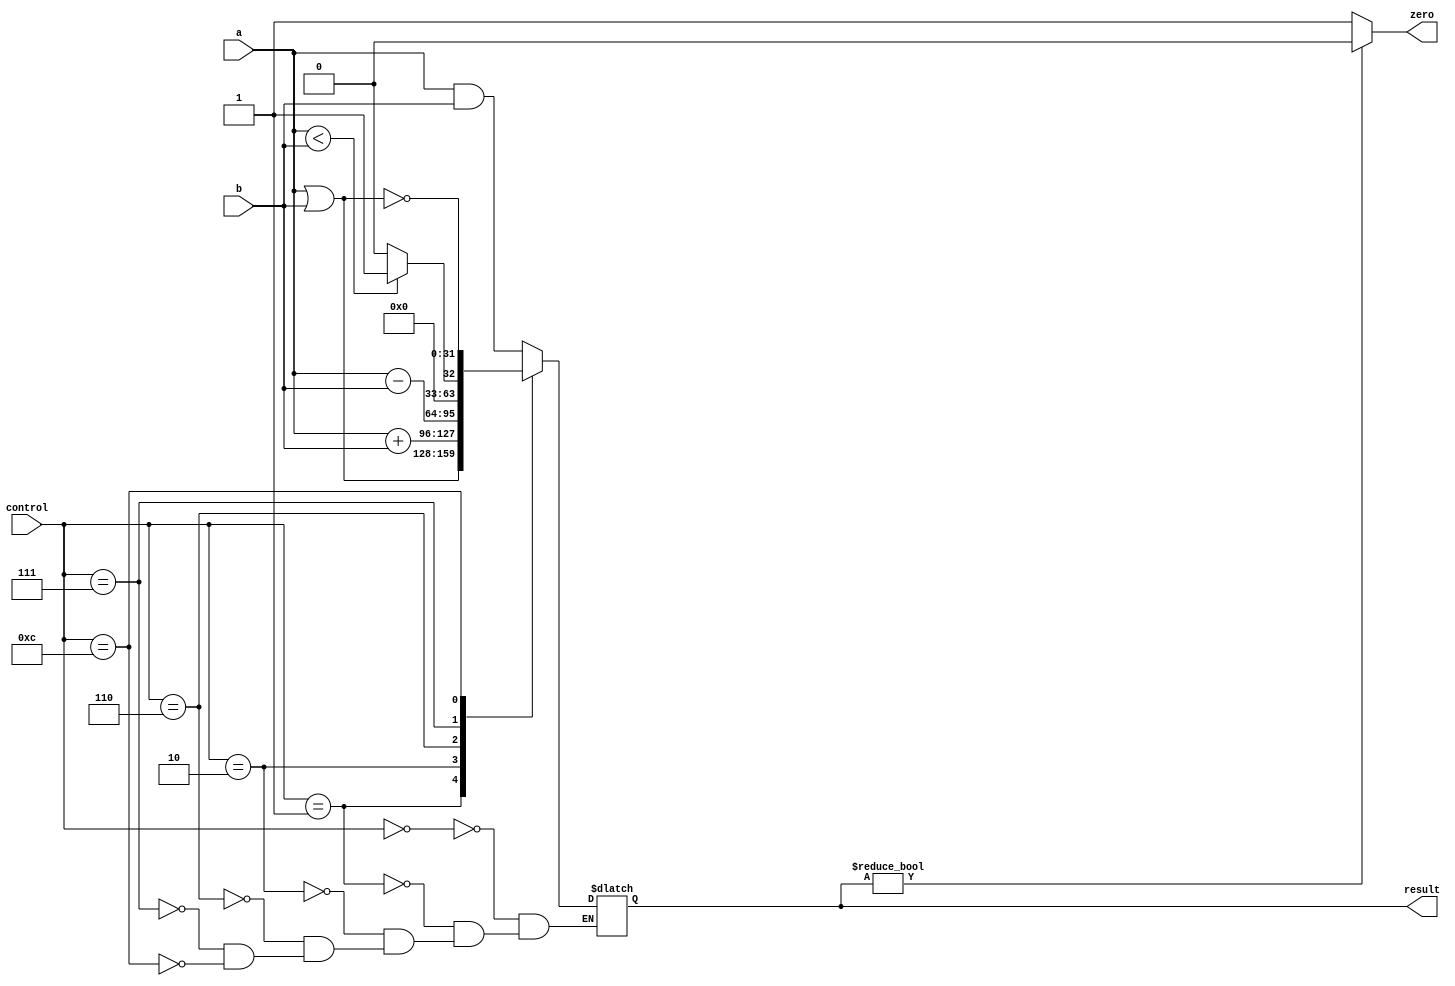
`timescale 1ns / 1ps

module ALU(a, b, control, zero, result);
    input [31:0] a, b;
    input [3:0] control;   
    output zero;
    output reg [31:0] result;
    initial begin
        result = 0;
    end
    always @ * begin
        case (control)
            4'b0000: result = a & b;
            4'b0001: result = a | b;
            4'b0010: result = a + b;
            4'b0110: result = a - b;
            4'b0111: begin
                if (a < b)
                    result = 1;
                else
                    result = 0;
            end
            4'b1100: result = ~(a | b);
        endcase
    end
    assign zero = (result) ? 0 : 1;    
endmodule